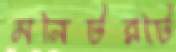
মনিটরটি